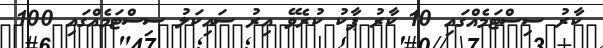
ކާރު ސިސްޓަމެއްގައި 10 ކާރު ޕާކު ކުރެވޭ އިރު ސައިކަލު ސިސްޓަމެއްގައި 100